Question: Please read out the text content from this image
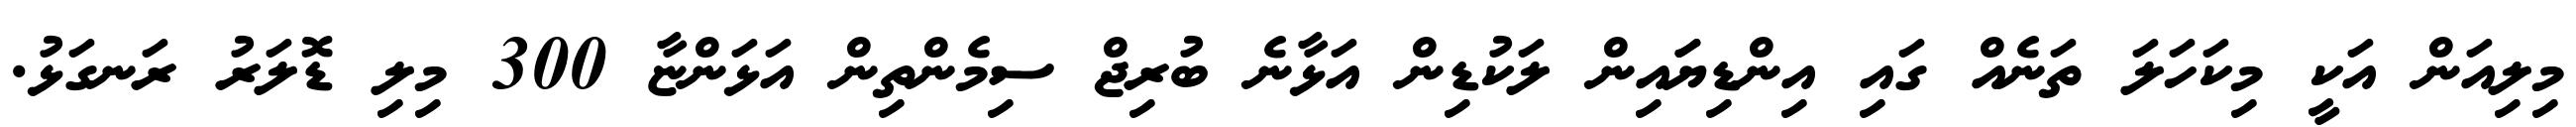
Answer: މިލިއަން އަކީ މިކަހަލަ ތަނެއް ގައި އިންޑިޔަައިން ލަކުޑިން އަޅާނެ ބުރިޖް ސިމެންތިން އަޅަންޏާ 300 މިލި ޑޮލަރު ރަނގަޅު.